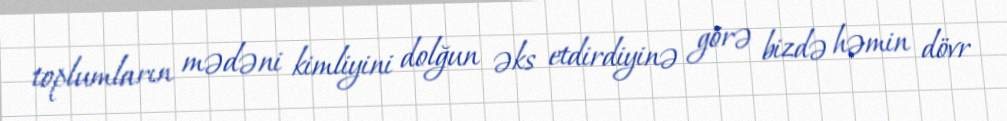
toplumların mədəni kimliyini dolğun əks etdirdiyinə görə bizdə həmin dövr